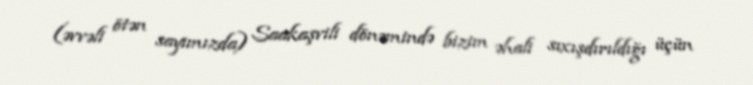
(əvvəli ötən sayımızda) Saakaşvili dönəmində bizim əhali sıxışdırıldığı üçün